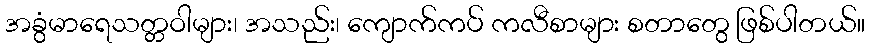
အခွံမာရေသတ္တဝါများ၊ အသည်း၊ ကျောက်ကပ် ကလီစာများ စတာတွေ ဖြစ်ပါတယ်။